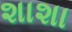
શાશા